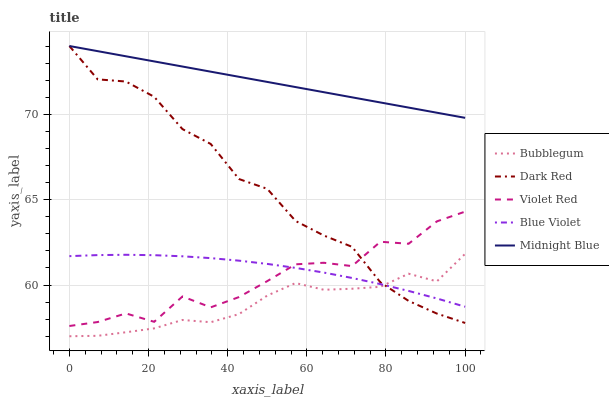
| xaxis_label | Bubblegum | Dark Red | Violet Red | Blue Violet | Midnight Blue |
 | --- | --- | --- | --- | --- | --- |
 | 0 | 57 | 74 | 57.6 | 61.7 | 74 |
 | 7.14 | 57 | 72 | 57.8 | 61.8 | 73.7 |
 | 14.3 | 57.2 | 71.9 | 58.3 | 61.8 | 73.4 |
 | 21.4 | 57.5 | 71 | 57.8 | 61.7 | 73.1 |
 | 28.6 | 58 | 69.1 | 59.3 | 61.7 | 72.8 |
 | 35.7 | 57.8 | 68.3 | 58.7 | 61.6 | 72.5 |
 | 42.9 | 58.3 | 66.2 | 59.3 | 61.4 | 72.2 |
 | 50 | 59.4 | 65.6 | 60.2 | 61.2 | 71.9 |
 | 57.1 | 60.1 | 63.8 | 61.2 | 61 | 71.6 |
 | 64.3 | 59.7 | 62.9 | 61.3 | 60.7 | 71.3 |
 | 71.4 | 59.8 | 62.2 | 61.1 | 60.4 | 71 |
 | 78.6 | 59.9 | 60.2 | 62.5 | 60.1 | 70.7 |
 | 85.7 | 60.7 | 59.1 | 62.4 | 59.7 | 70.4 |
 | 92.9 | 60.2 | 58.3 | 63.7 | 59.2 | 70.1 |
 | 100 | 61.8 | 57.8 | 64.3 | 58.7 | 69.8 |